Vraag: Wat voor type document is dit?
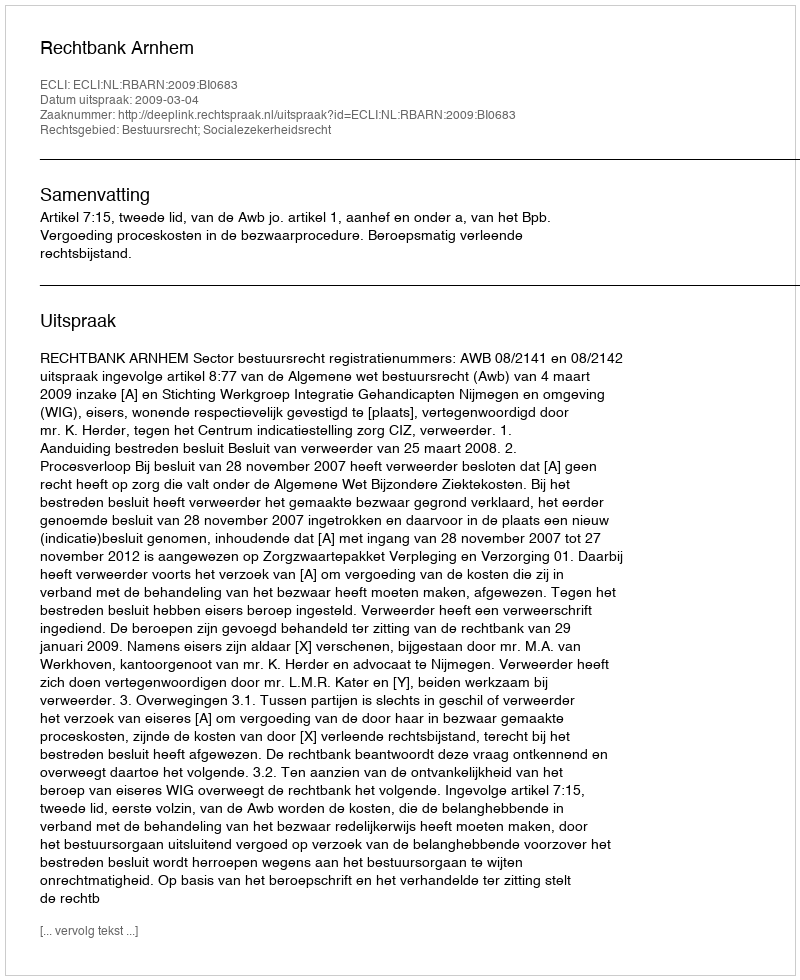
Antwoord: Uitspraak